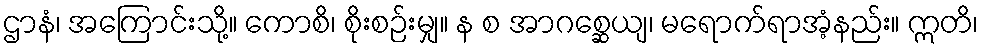
ဌာနံ၊ အကြောင်းသို့။ ကောစိ၊ စိုးစဉ်းမျှ။ န စ အာဂစ္ဆေယျ၊ မရောက်ရာအံ့နည်း။ ဣတိ၊